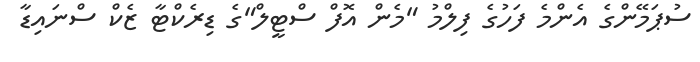
ސުޕަމޭންގެ އެންމެ ފަހުގެ ފިލްމު "މެން އޮފް ސްޓީލް"ގެ ޑިރެކްޓާ ޒެކް ސްނައިޑާ